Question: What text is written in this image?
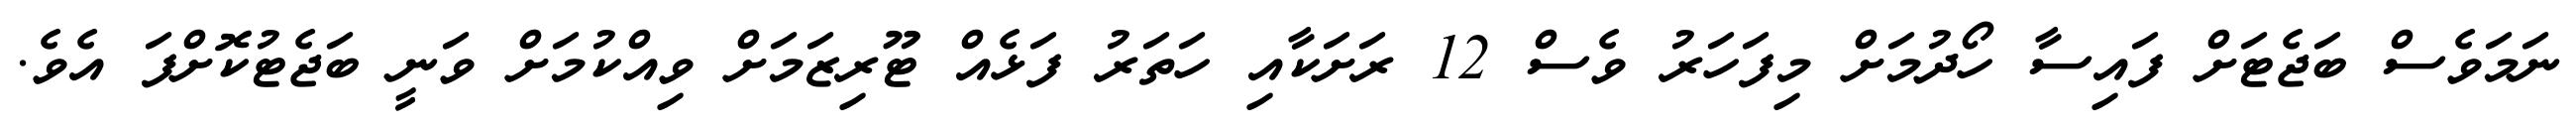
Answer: ނަމަވެސް ބަޖެޓަށް ފައިސާ ހޯދުމަށް މިފަހަރު ވެސް 12 ރަށަކާއި ހަތަރު ފަޅެއް ޓޫރިޒަމަށް ވިއްކުމަށް ވަނީ ބަޖެޓުކޮށްފަ އެވެ.